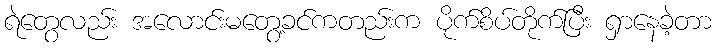
ရဲတွေလည်း အလောင်းမတွေ့ခင်ကတည်းက ပိုက်စိပ်တိုက်ပြီး ရှာနေခဲ့တာ